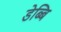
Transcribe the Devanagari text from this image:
डेब्बि